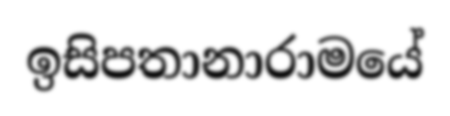
ඉසිපතානාරාමයේ